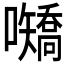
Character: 𪢤